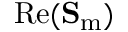
\operatorname { R e } ( \mathbf { S } _ { \mathrm { m } } )